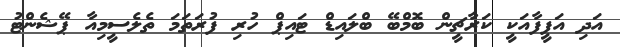
އަދި އަފީފާއަކީ ކަރާޗީން ބޮމްބޭ ބްލައިޑް ޓައިޕް ހުރި ފުރަތަމަ ތެލެސީމިއާ ޕޭޝެންޓު